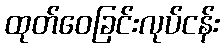
ထုတ်ဝေခြင်းလုပ်ငန်း